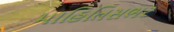
માહિતિસભર